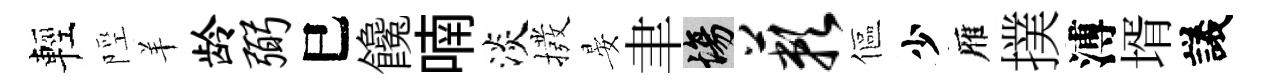
輕陘羊龄弼巳饞喃淡撥晏聿場蔌傴少雁撲溥壻議